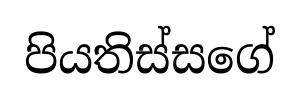
පියතිස්සගේ